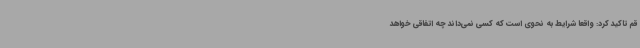
قم تاکید کرد: واقعا شرایط به نحوی است که کسی نمی‌داند چه اتفاقی خواهد